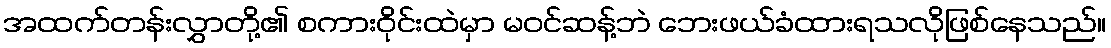
အထက်တန်းလွှာတို့၏ စကားဝိုင်းထဲမှာ မဝင်ဆန့်ဘဲ ဘေးဖယ်ခံထားရသလိုဖြစ်နေသည်။